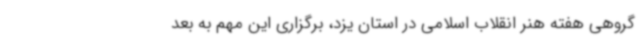
گروهی هفته هنر انقلاب اسلامی در استان یزد، برگزاری این مهم به بعد